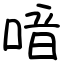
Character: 喑